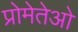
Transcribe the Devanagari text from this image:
प्रोमेतेओ